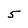
Character: 5